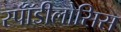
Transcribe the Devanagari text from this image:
स्पॉँडीलोसिस